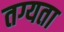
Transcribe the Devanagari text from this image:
तग्यता